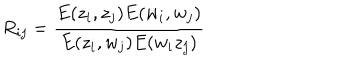
R _ { i j } = \frac { E ( z _ { i } , z _ { j } ) E ( w _ { i } , w _ { j } ) } { E ( z _ { i } , w _ { j } ) E ( w _ { i } z _ { j } ) }